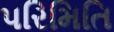
પરિમિતિ